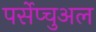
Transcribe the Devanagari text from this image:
पर्सेप्चुअल